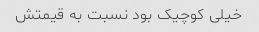
خیلی کوچیک بود نسبت به قیمتش